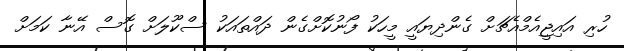
ހުރި އައިޖީއެމްއެޗަށް ގެންދިޔައީ މީހަކު ފޯނުކޮށްގެން ދައްތައަކު ސްކޫލަށް ގޮސް އޭނާ ކަަމަށް